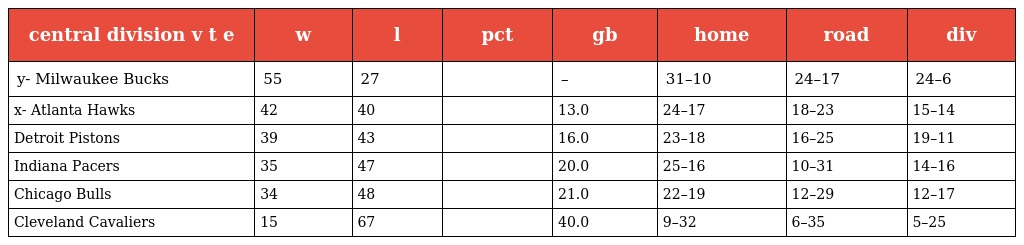
| central division v t e | w | l | pct | gb | home | road | div |
 | --- | --- | --- | --- | --- | --- | --- | --- |
 | y- Milwaukee Bucks | 55 | 27 |  | – | 31–10 | 24–17 | 24–6 |
 | x- Atlanta Hawks | 42 | 40 |  | 13.0 | 24–17 | 18–23 | 15–14 |
 | Detroit Pistons | 39 | 43 |  | 16.0 | 23–18 | 16–25 | 19–11 |
 | Indiana Pacers | 35 | 47 |  | 20.0 | 25–16 | 10–31 | 14–16 |
 | Chicago Bulls | 34 | 48 |  | 21.0 | 22–19 | 12–29 | 12–17 |
 | Cleveland Cavaliers | 15 | 67 |  | 40.0 | 9–32 | 6–35 | 5–25 |